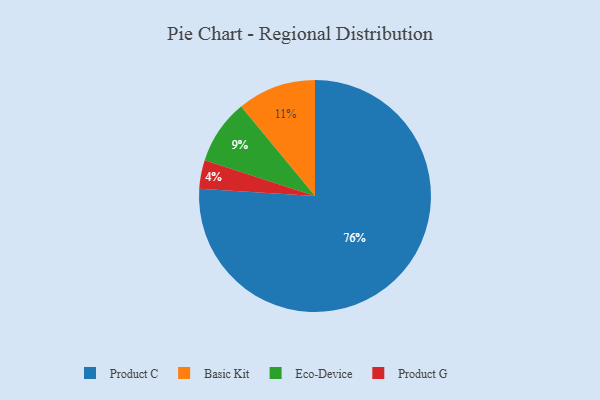
{"axis": {"x": "Category", "y": "Percentage"}, "legend": ["Basic Kit", "Eco-Device", "Product C", "Product G"], "data": [{"x": "Eco-Device", "y": 9, "type": "Eco-Device"}, {"x": "Basic Kit", "y": 11, "type": "Basic Kit"}, {"x": "Product G", "y": 4, "type": "Product G"}, {"x": "Product C", "y": 76, "type": "Product C"}]}